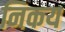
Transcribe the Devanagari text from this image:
निकय